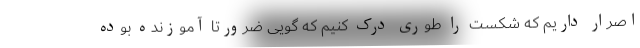
اصرار داریم که شکست را طوری درک کنیم که گویی ضرورتاً آموزنده بوده